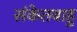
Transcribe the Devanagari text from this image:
संकेतबाहु